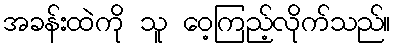
အခန်းထဲကို သူ ဝေ့ကြည့်လိုက်သည်။